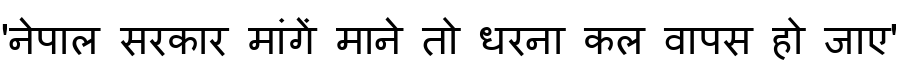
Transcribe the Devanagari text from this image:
'नेपाल सरकार मांगें माने तो धरना कल वापस हो जाए'